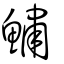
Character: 鱐